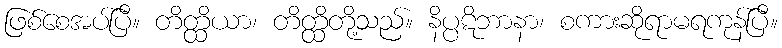
ဖြစ်စေအပ်ပြီ။ တိတ္ထိယာ၊ တိတ္ထိတို့သည်။ နိပ္ပဋိဘာနာ၊ စကားဆိုရာမရကုန်ပြီ။